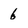
Character: 6